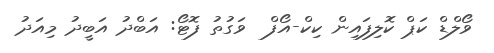
ވޯލްޑް ކަޕް ކޮލިފައިން ކިކް-އޯފް  ވަގުތު ފޮޓޯ: އަބްދު އަބީދު މިއަދު